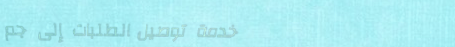
خدمة توصيل الطلبات إلى جم